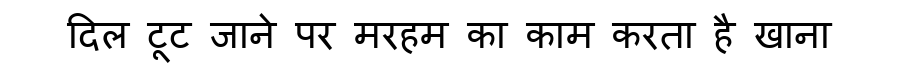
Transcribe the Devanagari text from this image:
दिल टूट जाने पर मरहम का काम करता है खाना